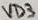
Text: VD3